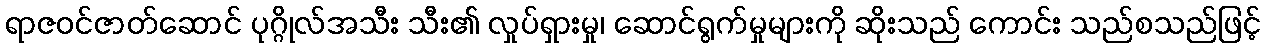
ရာဇဝင်ဇာတ်ဆောင် ပုဂ္ဂိုလ်အသီး သီး၏ လှုပ်ရှားမှု၊ ဆောင်ရွက်မှုများကို ဆိုးသည် ကောင်း သည်စသည်ဖြင့်